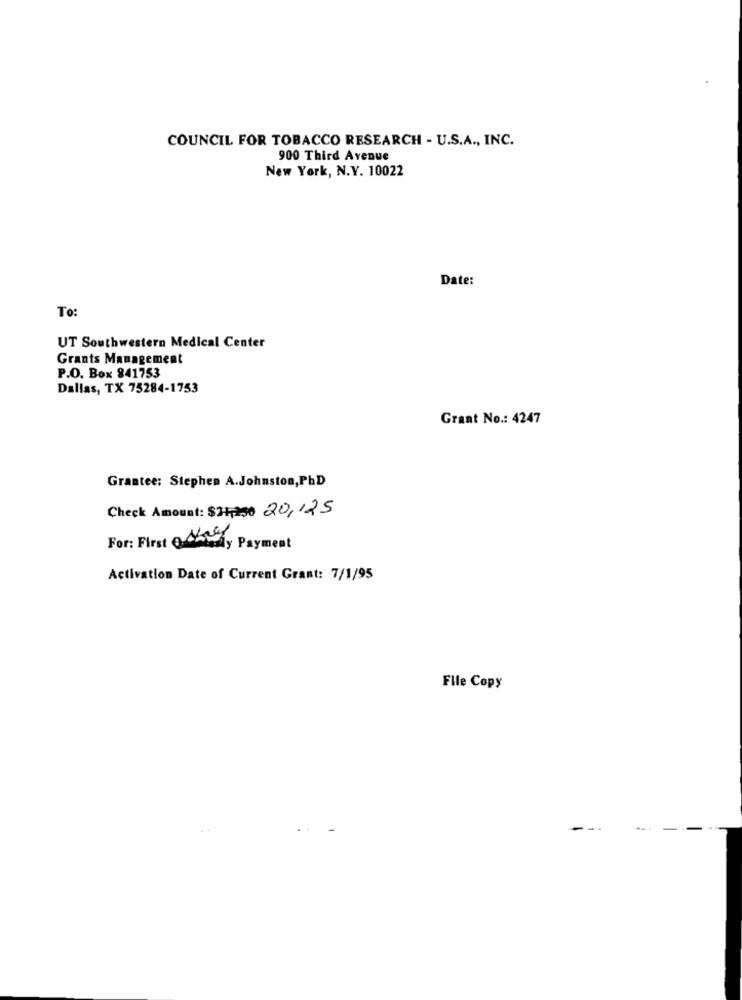
COUNCIL FOR TOBACCO RESEARCH - U.S.A ., INC.
900 Third Avenue
New York, N.Y. 10022
Date:
To:
UT Southwestern Medical Center
Grants Management
P.O. Box 841753
Dallas, TX 75284-1753
Grant No .: 4247
Grantee: Stephen A.Johnston, PhD
Check Amount: $21,350 20,125
For: First ONrey
teddy Payment
Activation Date of Current Grant: 7/1/95
File Copy